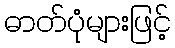
ဓာတ်ပုံများဖြင့်